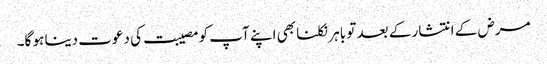
مرض کے انتشار کے بعد تو باہر نکلنا بھی اپنے آپ کو مصیبت کی دعوت دینا ہو گا۔